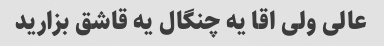
عالی ولی اقا یه چنگال یه قاشق بزارید